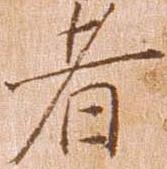
者